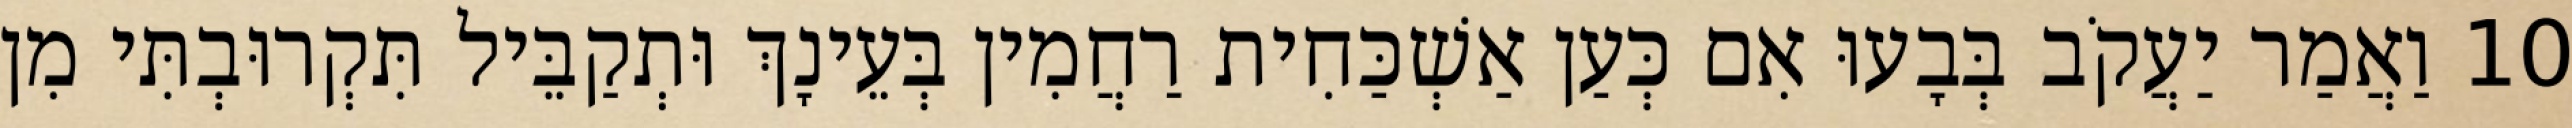
10 וַאֲמַר יַעֲקֹב בְּבָעוּ אִם כְּעַן אַשְׁכַּחִית רַחֲמִין בְּעֵינָךְ וּתְקַבֵּיל תִּקְרוּבְתִּי מִן